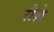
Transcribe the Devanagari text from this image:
रीशे